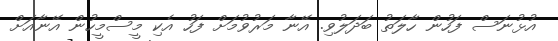
އުޅުނަސް ފަހުން ހާލަތު ބަދަލުވި. އޭނާ މަރުވުމަށް ފަހު އެކި މީސްމީހުން އޭނާއަށް